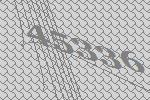
45336